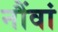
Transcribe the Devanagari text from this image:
नौंवां